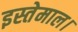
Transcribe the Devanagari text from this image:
इस्तेमाल।